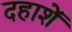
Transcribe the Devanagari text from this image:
दहाशें